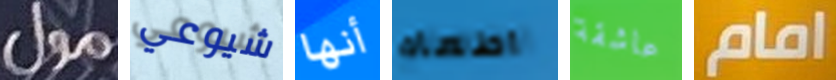
مول شيوعي أنها اطعام عاشقة امام